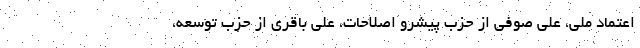
اعتماد ملی، علی صوفی از حزب پیشرو اصلاحات، علی باقری از حزب توسعه،